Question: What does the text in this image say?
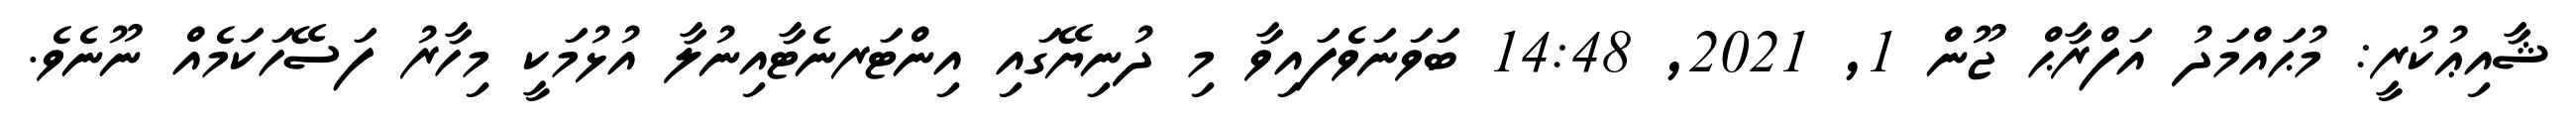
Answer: ޝާއިޢުކުރީ: މުޙައްމަދު އަފްރާޙް ޖޫން 1, 2021, 14:48 ބަވަނަވެފައިވާ މި ދުނިޔޭގައި އިންޓަރނެޓާއިނުލާ އުޅުމަކީ މިހާރު ފަސޭހަކަމެއް ނޫނެވެ.